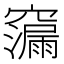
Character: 𮄠